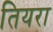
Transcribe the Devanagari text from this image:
तियरा